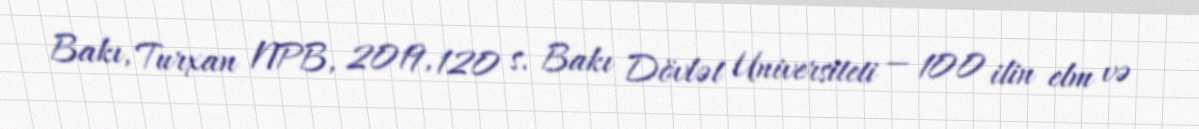
Bakı, Turxan NPB, 2019, 120 s. Bakı Dövlət Universiteti — 100 ilin elm və